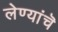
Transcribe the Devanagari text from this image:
लेण्यांचॆ